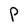
Character: P